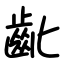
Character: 齔